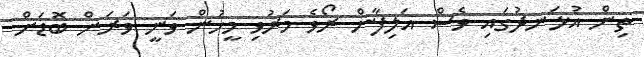
ތިން އުޅަނދުގައި ވެސް އަލިފާން ރޯވެ މަރުވި މީހުން ވަނީ ވަރަށް ބޮޑަށް